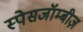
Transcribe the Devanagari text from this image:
स्पेसजॉम्बीज़